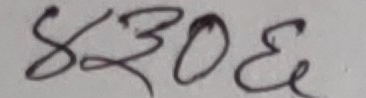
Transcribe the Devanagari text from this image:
४३०६